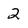
Character: 2